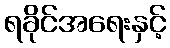
ရခိုင်အရေးနှင့်